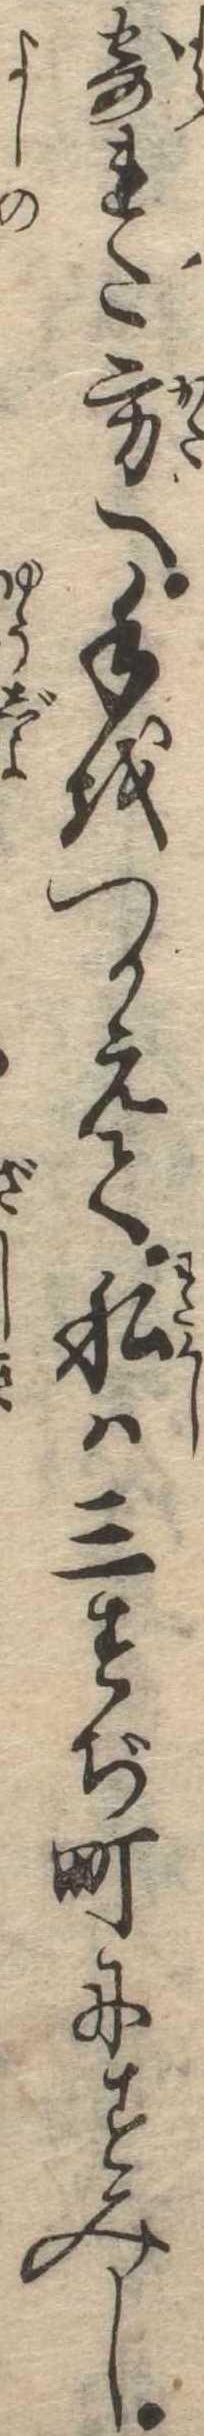
寄れた方へ手をつかえて私は三すぢ町にすみし